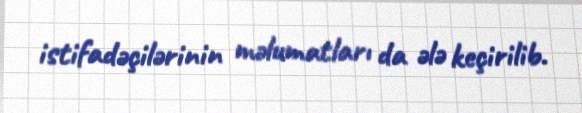
istifadəçilərinin məlumatları da ələ keçirilib.